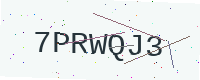
Text: 7PRWQJ3